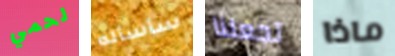
لحمي سأسأله تجعلنا ماذا